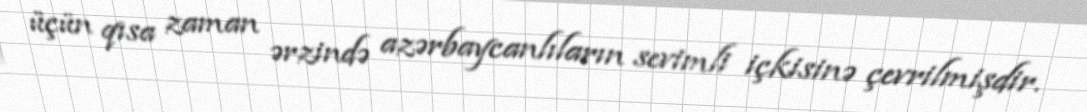
üçün qısa zaman ərzində azərbaycanlıların sevimli içkisinə çevrilmişdir.